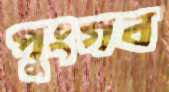
পুংগব